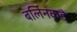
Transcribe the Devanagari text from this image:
बर्लिनकडे